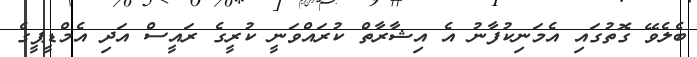
ބެލެވޭ ގޮތުގައި އެމަނިކުފާނު އެ އިޝާރާތް ކުރައްވަނީ ކުރީގެ ރައީސް އަދި އެމްޑީޕީގެ